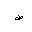
Letter: _sad